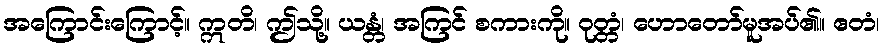
အကြောင်းကြောင့်။ ဣတိ၊ ဤသို့။ ယန္တံ၊ အကြင် စကားကို။ ဝုတ္တံ၊ ဟောတော်မူအပ်၏။ ဧတံ၊